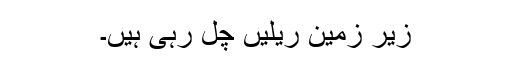
زیر زمین ریلیں چل رہی ہیں۔